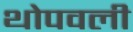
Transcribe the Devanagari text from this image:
थोपवली